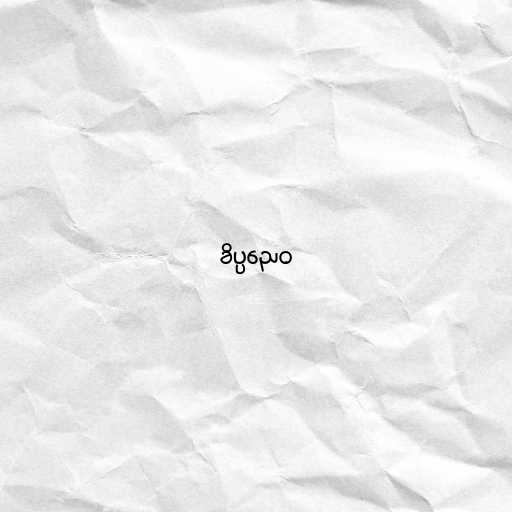
ခိပ္ပညေဝ